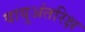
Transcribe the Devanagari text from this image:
वायुअंतरिक्ष